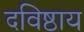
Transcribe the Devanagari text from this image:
दविष्ठाय